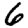
Digit: 6